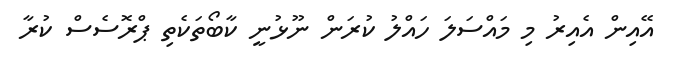
އޭއިން އެއިރު މި މައްސަލަ ހައްލު ކުރަން ނޫޅުނީ ކާބޯތަކެތި ޕްރޮސެސް ކުރާ